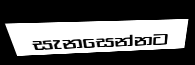
සැනසෙන්නට